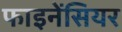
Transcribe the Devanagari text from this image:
फाइनेंसियर